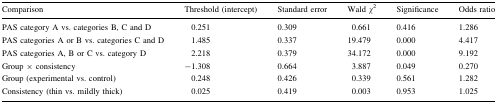
<table><thead><tr><td><b>Comparison</b></td><td><b>Threshold (intercept)</b></td><td><b>Standard error</b></td><td><b>Wald <i>χ</i><sup>2</sup></b></td><td><b>Significance</b></td><td><b>Odds ratio</b></td></tr></thead><tbody><tr><td>PAS category A vs. categories B, C and D</td><td>0.251</td><td>0.309</td><td>0.661</td><td>0.416</td><td>1.286</td></tr><tr><td>PAS categories A or B vs. categories C and D</td><td>1.485</td><td>0.337</td><td>19.479</td><td>0.000</td><td>4.417</td></tr><tr><td>PAS categories A, B or C vs. category D</td><td>2.218</td><td>0.379</td><td>34.172</td><td>0.000</td><td>9.192</td></tr><tr><td>Group × consistency</td><td>−1.308</td><td>0.664</td><td>3.887</td><td>0.049</td><td>0.270</td></tr><tr><td>Group (experimental vs. control)</td><td>0.248</td><td>0.426</td><td>0.339</td><td>0.561</td><td>1.282</td></tr><tr><td>Consistency (thin vs. mildly thick)</td><td>0.025</td><td>0.419</td><td>0.003</td><td>0.953</td><td>1.025</td></tr></tbody></table>